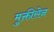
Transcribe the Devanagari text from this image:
मुक्तीसेन